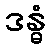
ဒန္ဓံ